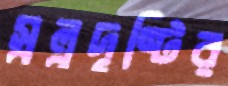
স্বল্পদৃষ্টির